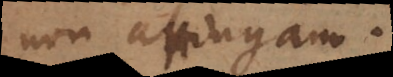
non attingam